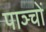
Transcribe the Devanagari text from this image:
पाञ्चों